Report on vaccination in Madras 1904-1921 - 1904-1921
Year: 1904
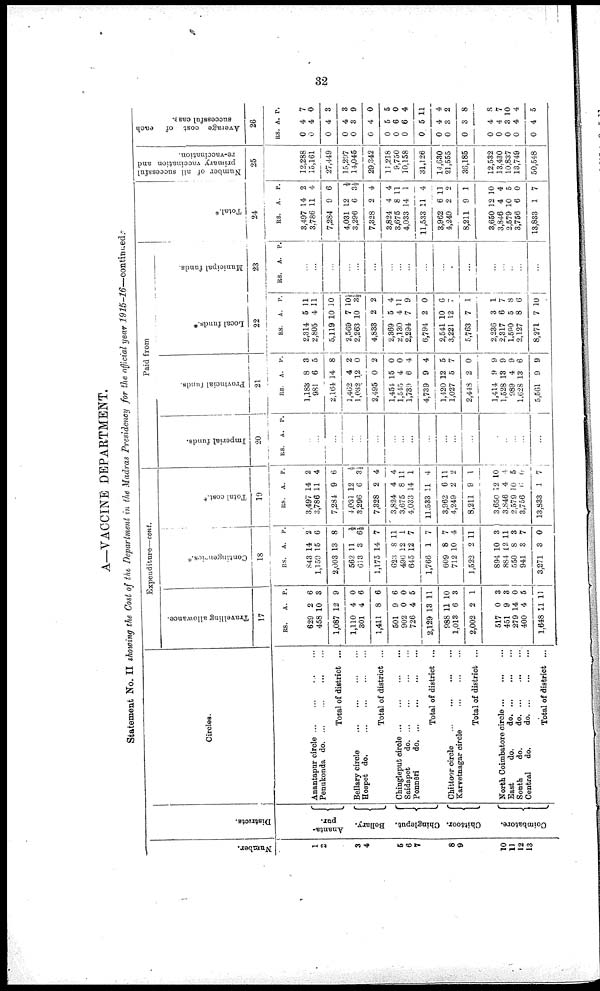
32
A—VACCINE DEPARTMENT.
Statement No. II showing the Cost of the Department in the Madras Presidency for the official year 1915-16—continued.
Number.
1
2
3
4
5
6
7
8
9
10
11
12
13
Districts.
Ananta-
pur.
Bellary.
Chingleput.
Chittoor.
Coimbatore.
Circles.
Anantapur circle ... ... ... ...
Penukonda d
o
. ... ... ... ...
Total of district ...
Bellary circle
...
...
...
...
Hospet do.
...
...
...
...
Total of district ...
Chingleput circle
...
...
...
...
Saidapet
d
o
. ... ... ... ...
Ponnēri
d
o
. ... ... ... ...
Total of district ...
Chittoor circle
...
...
...
...
Karvetnagar circle
...
...
...
Total of district ...
North Coimbatore circle
...
...
...
East
do.
d
o
. ... ... ...
South
do.
d
o
. ... ... ...
Central
do.
d
o
. ... ... ...
Total of district ...
Expenditure—cont.
Travelling allowance.
17
RS.
629
458
1,087
1,110
301
1,411
501
902
726
2,129
988
1,013
2,002
517
451
279
400
1,648
A.
2
10
12
4
4
8
9
0
4
13
11
6
2
0
9
14
4
11
P.
6
3
9
0
6
6
6
0
5
11
10
3
1
3
3
0
5
11
Contingencies.*
18
RS.
843
1,159
2,003
562
613
1,175
623
496
645
1,766
609
712
1,522
894
884
550
941
3,271
A.
14
15
13
11
3
14
8
12
12
1
8
10
2
10
12
8
3
3
P.
2
6
8
½
6½
7
11
1
7
7
7
4
11
3
11
3
7
0
Total cost.*
19
RS.
3,497
3,786
7,284
4,031
3,296
7,328
3,824
3,675
4,033
11,533
3,962
4,249
8,211
3,650
3,846
2,579
3,756
13,833
A.
14
11
9
12
6
2
4
8
14
11
6
2
9
12
4
10
6
1
P.
2
4
6
½
3½
4
4
11
1
4
11
2
1
10
4
5
0
7
Paid from
Imperial funds.
20
RS. A. P.
...
...
...
...
...
...
...
...
...
...
...
...
...
...
...
...
...
...
Provincial funds.
21
RS.
1,183
981
2,164
1,462
1,032
2,495
1,454
1,545
1,739
4,739
1,420
1,027
2,448
1,414
1,528
989
1,628
5,561
A.
8
6
14
4
12
0
15
4
6
9
12
5
2
9
13
4
13
9
P.
3
5
8
2
0
2
0
0
4
4
5
7
0
9
9
9
6
9
Local funds.*
22
RS.
2,314
2,805
5,119
2,569
2,263
4,833
2,369
2,130
2,294
6,794
2,541
3,221
5,763
2,236
2,317
1,590
2,127
8,271
A.
5
4
10
7
10
2
5
4
7
2
10
12
7
3
6
5
8
7
P.
11
11
10
10½
3½
2
4
11
9
0
6
7
1
1
7
8
6
10
Municipal funds.
23
RS. A. P.
...
...
...
...
...
...
...
...
...
...
...
...
...
...
...
...
...
...
Total.*
24
RS.
3,497
3,786
7,284
4,031
3,296
7,328
3,824
3,675
4,033
11,533
3,962
4,249
8,211
3,650
3,846
2,579
3,756
13,833
A.
14
11
9
12
6
2
4
8
14
11
6
2
9
12
4
10
6
1
P.
2
4
6
½
3½
4
4
11
1
4
11
2
1
10
4
5
0
7
Number of all successful
primary vaccination and
re-vaccination.
25
12,288
15,161
27,449
15,297
14,045
29,342
11,218
9,750
10,158
31,126
14,630
21,555
36,185
12,532
13,430
10,837
13,749
50,548
Average cost of each
successful case.
26
RS.
0
0
0
0
0
0
0
0
0
0
0
0
0
0
0
0
0
0
A.
4
4
4
4
3
4
5
6
6
5
4
3
3
4
4
3
4
4
P.
7
0
3
3
9
0
5
0
4
11
4
2
8
8
7
10
4
5